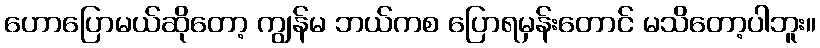
ဟောပြောမယ်ဆိုတော့ ကျွန်မ ဘယ်ကစ ပြောရမှန်းတောင် မသိတော့ပါဘူး။